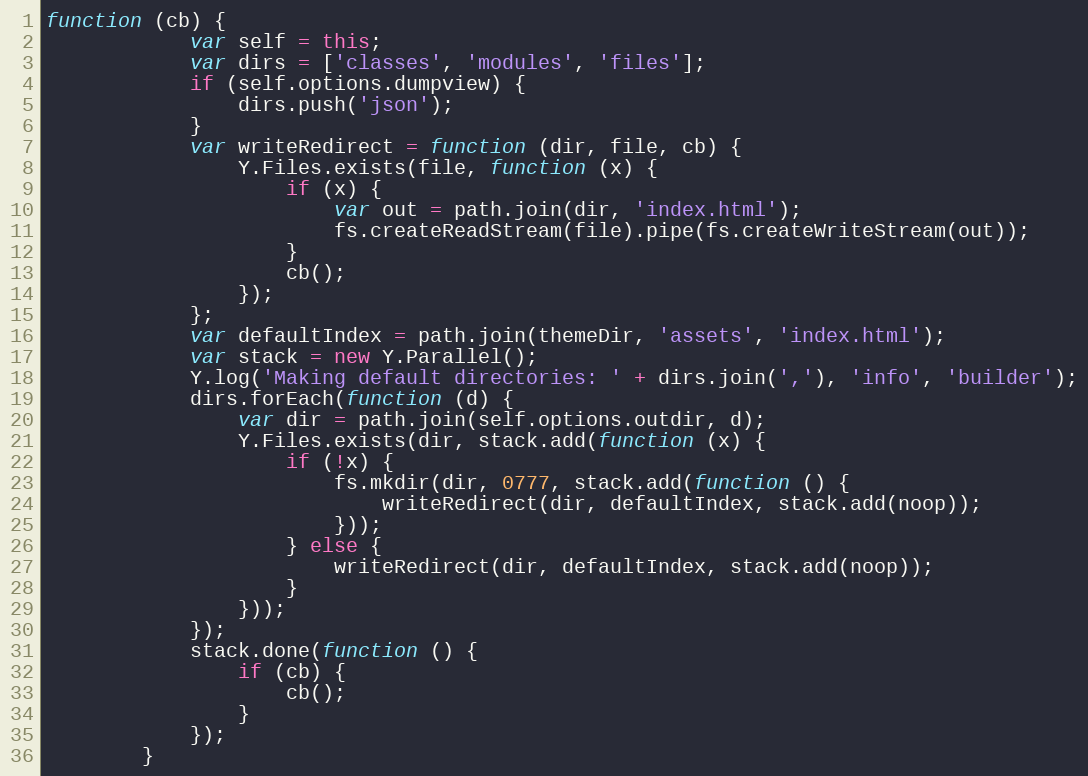
Language: JavaScript
function (cb) {
            var self = this;
            var dirs = ['classes', 'modules', 'files'];
            if (self.options.dumpview) {
                dirs.push('json');
            }
            var writeRedirect = function (dir, file, cb) {
                Y.Files.exists(file, function (x) {
                    if (x) {
                        var out = path.join(dir, 'index.html');
                        fs.createReadStream(file).pipe(fs.createWriteStream(out));
                    }
                    cb();
                });
            };
            var defaultIndex = path.join(themeDir, 'assets', 'index.html');
            var stack = new Y.Parallel();
            Y.log('Making default directories: ' + dirs.join(','), 'info', 'builder');
            dirs.forEach(function (d) {
                var dir = path.join(self.options.outdir, d);
                Y.Files.exists(dir, stack.add(function (x) {
                    if (!x) {
                        fs.mkdir(dir, 0777, stack.add(function () {
                            writeRedirect(dir, defaultIndex, stack.add(noop));
                        }));
                    } else {
                        writeRedirect(dir, defaultIndex, stack.add(noop));
                    }
                }));
            });
            stack.done(function () {
                if (cb) {
                    cb();
                }
            });
        }